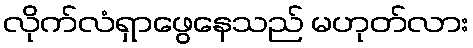
လိုက်လံရှာဖွေနေသည် မဟုတ်လား